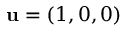
\mathbf { u } = ( 1 , 0 , 0 )